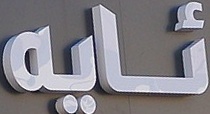
ئایە